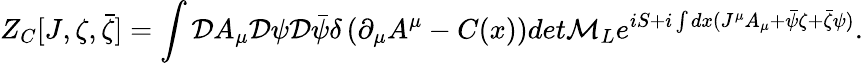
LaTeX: Z_{C}[J,\zeta,\bar{\zeta}]=\int{\cal D}A_{\mu}{\cal D}\psi{\cal D}\bar{\psi}\delta\left(\partial_{\mu}A^{\mu}-C(x)\right)det{\cal M}_{L}e^{iS+i\int dx(J^{\mu}A_{\mu}+\bar{\psi}\zeta+\bar{\zeta}\psi)}.